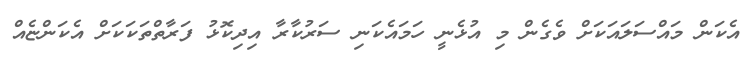
އެކަން މައްސަލައަކަށް ވެގެން މި އުޅެނީ ހަމައެކަނި ސަރުކާރާ އިދިކޮޅު ފަރާތްތަކަކަށް އެކަންޏެއް